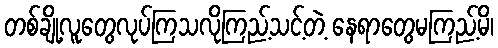
တစ်ချို့လူတွေလုပ်ကြသလိုကြည့်သင့်တဲ့ နေရာတွေမကြည့်မိ၊